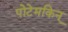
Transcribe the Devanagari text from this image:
पोटेमकिन्